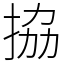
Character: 拹